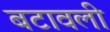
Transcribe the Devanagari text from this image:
बटावली